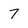
Character: 7